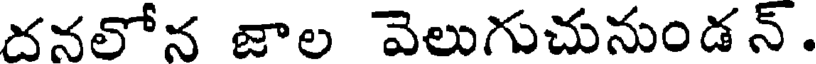
దనలోన జాల వెలుగుచునుండన్.